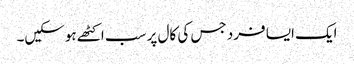
ایک ایسا فرد جس کی کال پر سب اکٹھے ہوسکیں۔